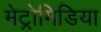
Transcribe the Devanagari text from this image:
मेट्रोमिडिया